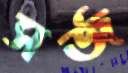
সর্জ